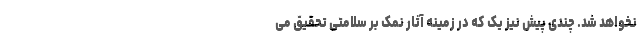
نخواهد شد. چندی پیش نیز یک که در زمینه آثار نمک بر سلامتی تحقیق می